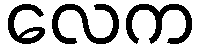
လေက